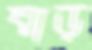
ঘাড়